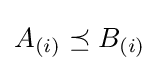
A_{(i)}\preceq B_{(i)}